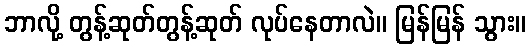
ဘာလို့ တွန့်ဆုတ်တွန့်ဆုတ် လုပ်နေတာလဲ။ မြန်မြန် သွား။